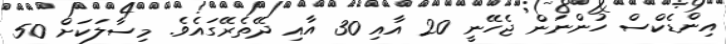
އިންޑެކްސް ހުންނަން ޖެހޭނީ 20 އާއި 30 އާއި ދޭތެރޭގައެވެ. މިސާލަކަށް 50